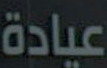
عيادة